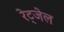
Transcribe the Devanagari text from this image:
रेट्जेल